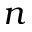
n